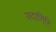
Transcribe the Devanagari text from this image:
यदागिरि